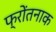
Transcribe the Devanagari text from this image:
फ्रोंतनाक